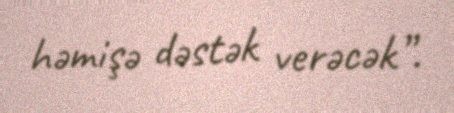
həmişə dəstək verəcək”.